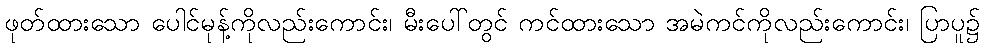
ဖုတ်ထားသော ပေါင်မုန့်ကိုလည်းကောင်း၊ မီးပေါ်တွင် ကင်ထားသော အမဲကင်ကိုလည်းကောင်း၊ ပြာပူ၌